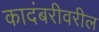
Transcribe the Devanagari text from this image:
कादंबरीवरील